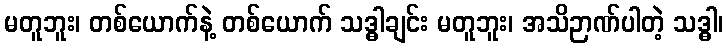
မတူဘူး၊ တစ်ယောက်နဲ့ တစ်ယောက် သဒ္ဓါချင်း မတူဘူး၊ အသိဉာဏ်ပါတဲ့ သဒ္ဓါ၊